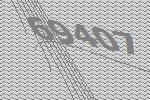
69407